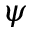
\psi